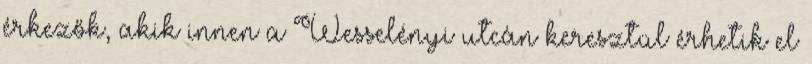
érkezők, akik innen a Wesselényi utcán keresztül érhetik el